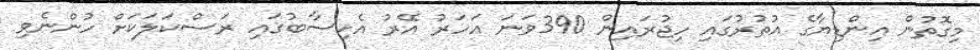
މިގޮތުން އިންޑިޔާގެ އުތުރުގައި ހިޖުރައިން 390ވަނަ އަހަރު އޭރު އެހިސާބުގައި ރަސްކަލަކަށް ހުންނެވި